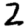
Digit: 2